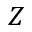
Z